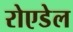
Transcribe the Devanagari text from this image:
रोएडेल